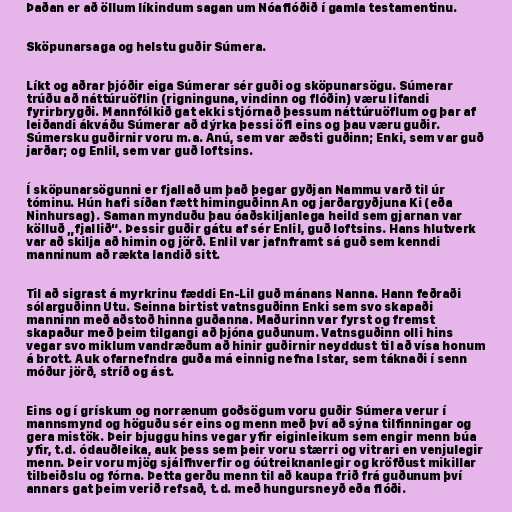
Þaðan er að öllum líkindum sagan um Nóaflóðið í gamla testamentinu.

Sköpunarsaga og helstu guðir Súmera.

Líkt og aðrar þjóðir eiga Súmerar sér guði og sköpunarsögu. Súmerar
trúðu að náttúruöflin (rigninguna, vindinn og flóðin) væru lifandi
fyrirbrygði. Mannfólkið gat ekki stjórnað þessum náttúruöflum og þar af
leiðandi ákváðu Súmerar að dýrka þessi öfl eins og þau væru guðir.
Súmersku guðirnir voru m.a. Anú, sem var æðsti guðinn; Enki, sem var guð
jarðar; og Enlil, sem var guð loftsins.

Í sköpunarsögunni er fjallað um það þegar gyðjan Nammu varð til úr
tóminu. Hún hafi síðan fætt himinguðinn An og jarðargyðjuna Ki (eða
Ninhursag). Saman mynduðu þau óaðskiljanlega heild sem gjarnan var
kölluð „fjallið“. Þessir guðir gátu af sér Enlil, guð loftsins. Hans hlutverk
var að skilja að himin og jörð. Enlil var jafnframt sá guð sem kenndi
manninum að rækta landið sitt.

Til að sigrast á myrkrinu fæddi En-Lil guð mánans Nanna. Hann feðraði
sólarguðinn Utu. Seinna birtist vatnsguðinn Enki sem svo skapaði
manninn með aðstoð hinna guðanna. Maðurinn var fyrst og fremst
skapaður með þeim tilgangi að þjóna guðunum. Vatnsguðinn olli hins
vegar svo miklum vandræðum að hinir guðirnir neyddust til að vísa honum
á brott. Auk ofarnefndra guða má einnig nefna Istar, sem táknaði í senn
móður jörð, stríð og ást.

Eins og í grískum og norrænum goðsögum voru guðir Súmera verur í
mannsmynd og höguðu sér eins og menn með því að sýna tilfinningar og
gera mistök. Þeir bjuggu hins vegar yfir eiginleikum sem engir menn búa
yfir, t.d. ódauðleika, auk þess sem þeir voru stærri og vitrari en venjulegir
menn. Þeir voru mjög sjálfhverfir og óútreiknanlegir og kröfðust mikillar
tilbeiðslu og fórna. Þetta gerðu menn til að kaupa frið frá guðunum því
annars gat þeim verið refsað, t.d. með hungursneyð eða flóði.